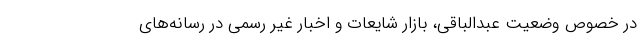
در خصوص وضعیت عبدالباقی، بازار شایعات و اخبار غیر رسمی در رسانه‌های